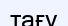
тағу